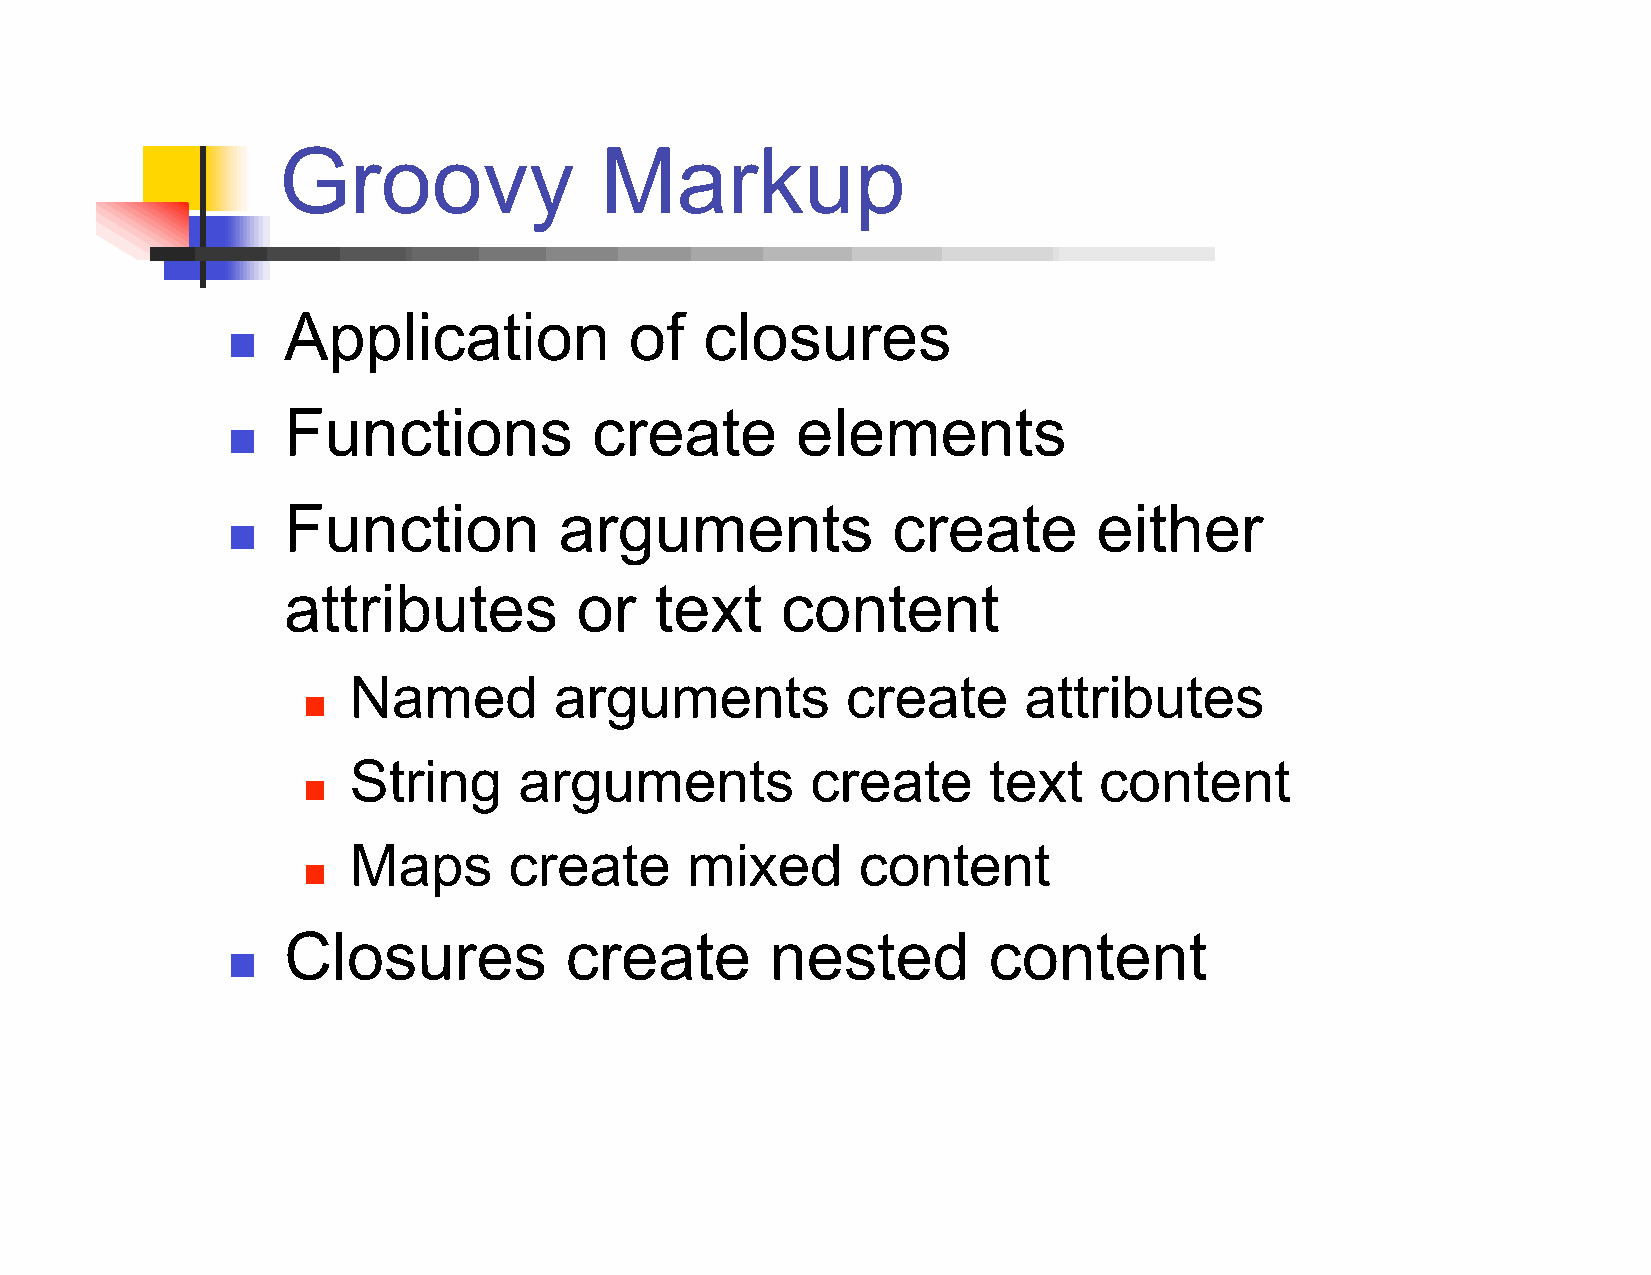
Groovy                Markup
 Application            of   closures
 
 Functions           create        elements
 
 Function          arguments             create        either
 
 attributes         or   text     content
 Named         arguments          create      attributes
 
 String     arguments           create     text    content
 
 Maps       create     mixed       content
 
 Closures          create        nested        content
 